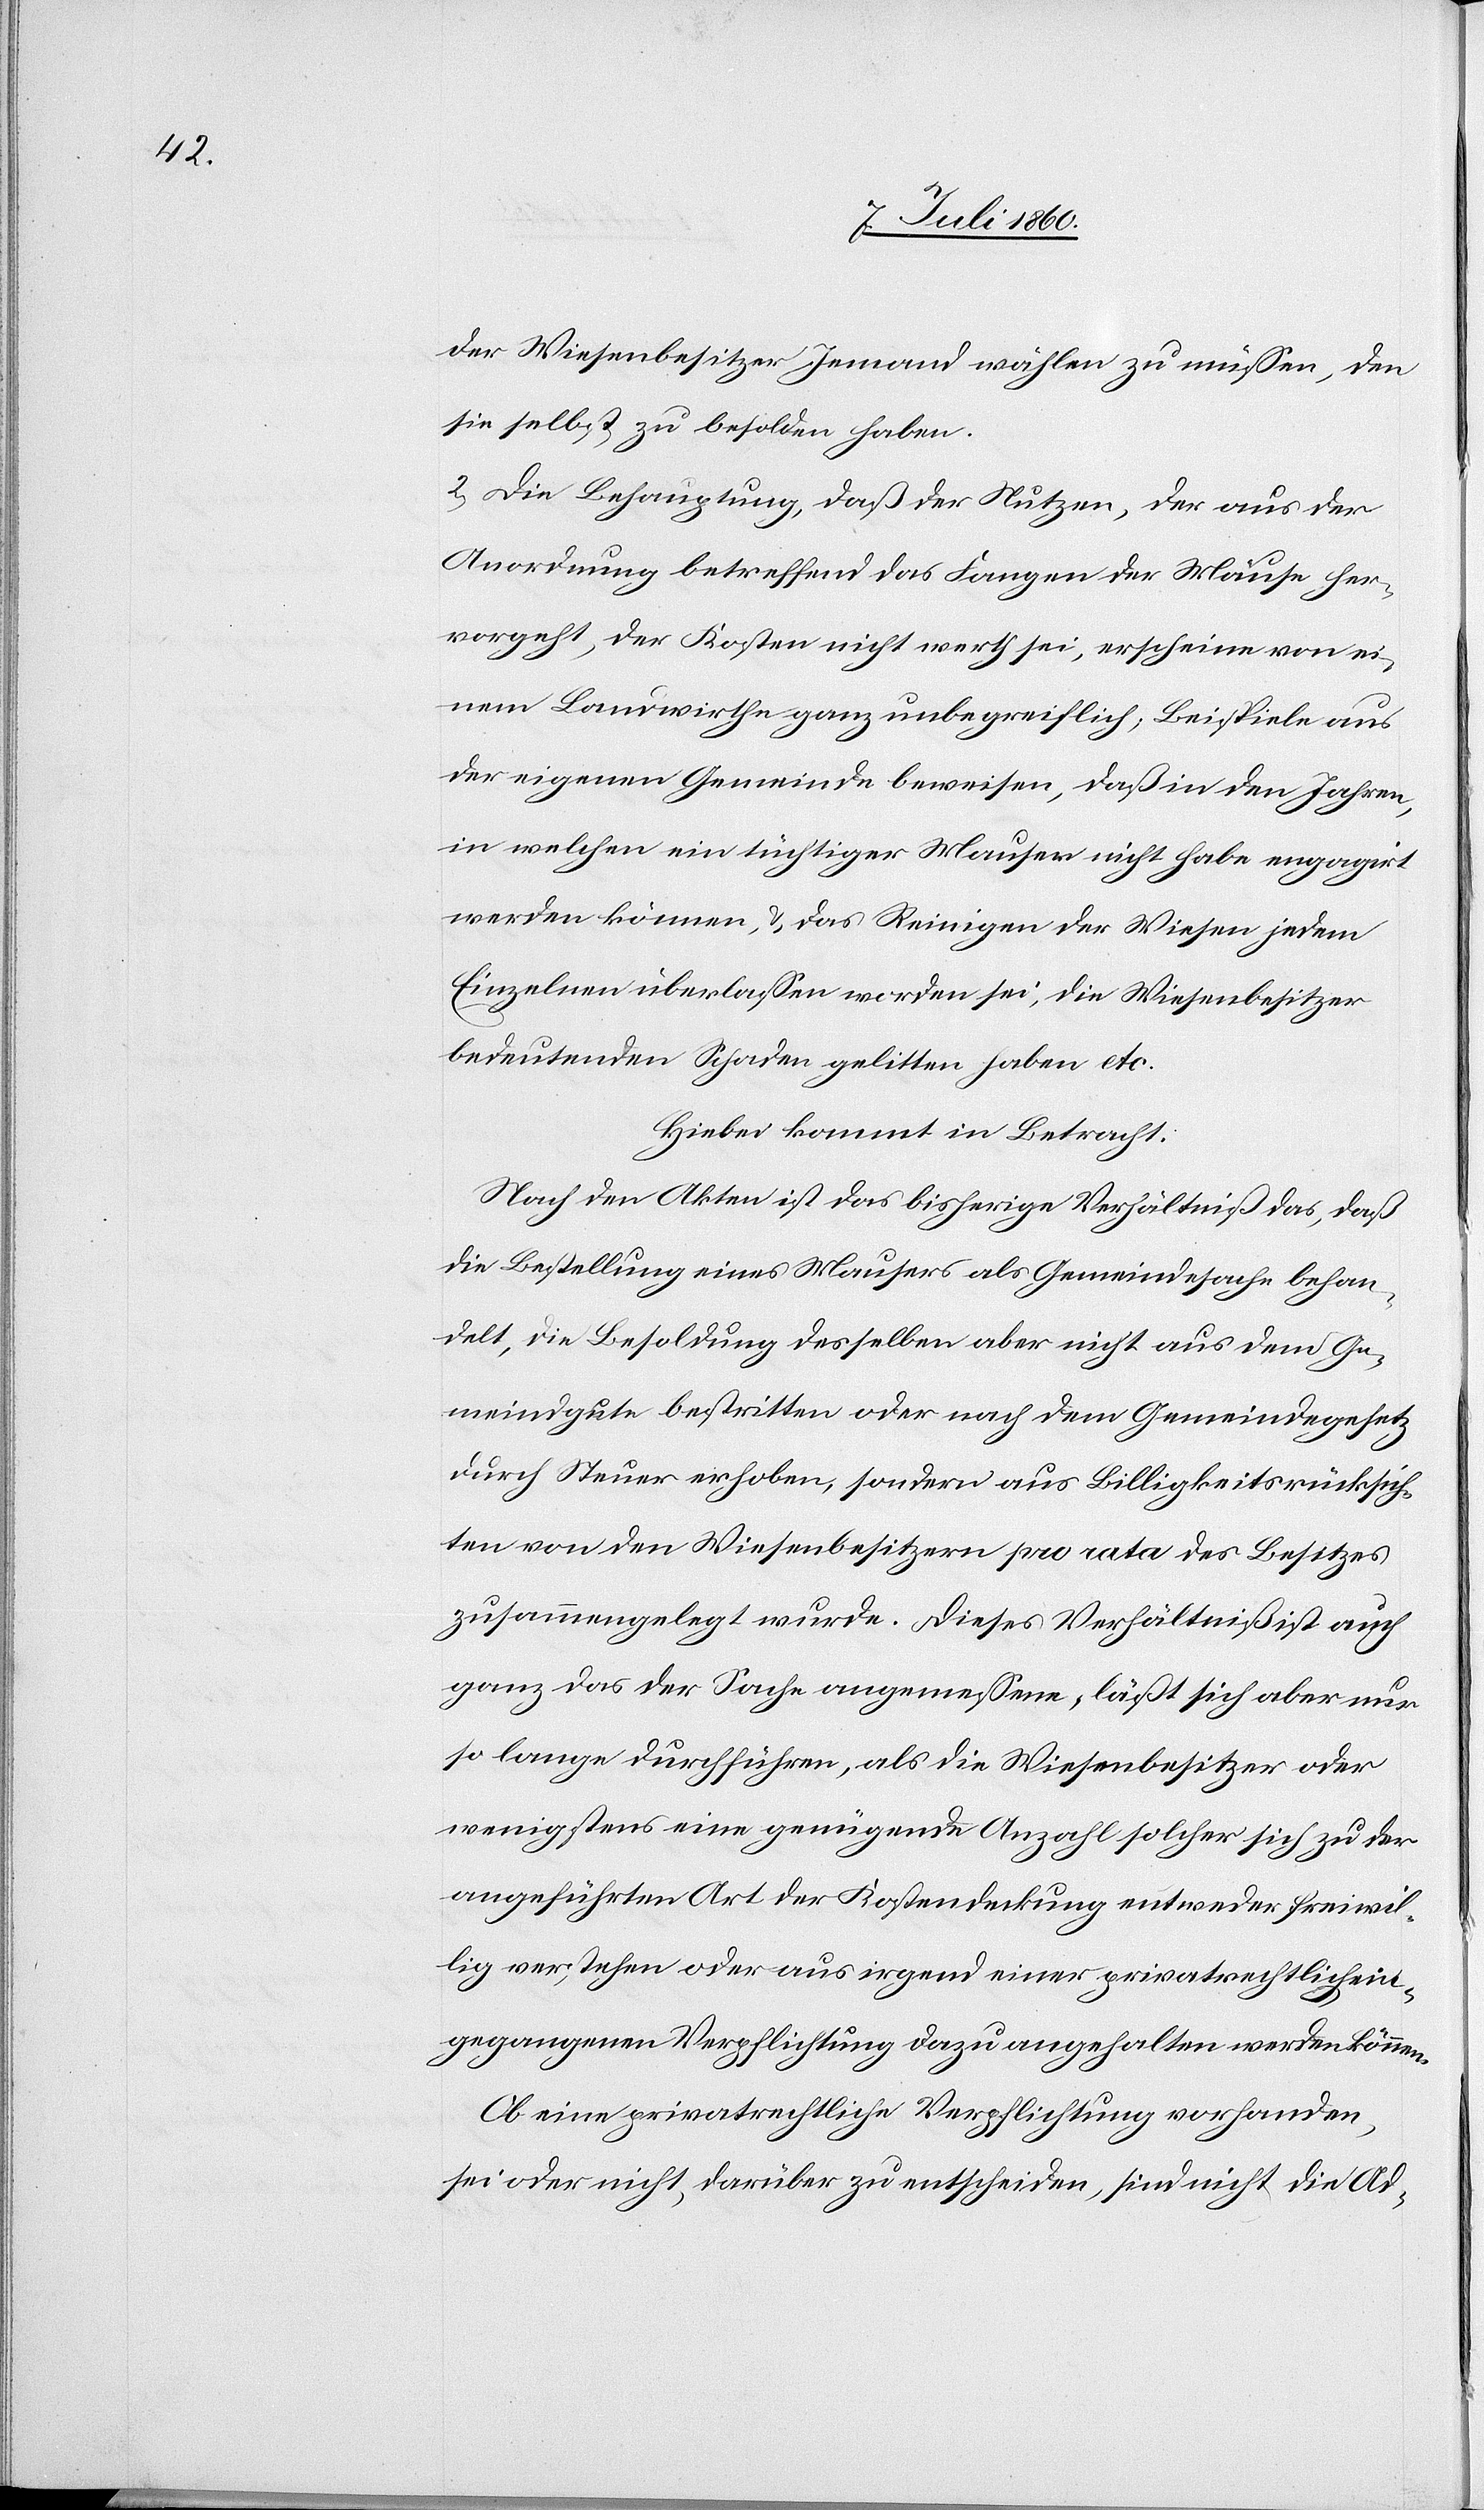
der Wiesenbesitzer Jemand wählen zu müssen, den
sie selbst zu besolden haben.
2) Die Behauptung, daß der Nutzen, der aus der
Anordnung betreffend das Fangen der Mäuse her¬
vorgeht, der Kosten nicht werth sei, erscheine von ei¬
nem Landwirthe ganz unbegreiflich; Beispiele aus
der eigenen Gemeinde beweisen, daß in den Jahren,
in welchen ein tüchtiger Mauser nicht habe engagirt
werden können, & das Reinigen der Wiesen jedem
Einzelnen überlassen worden sei, die Wiesenbesitzer
bedeutenden Schaden gelitten haben etc.
Hiebei kommt in Betracht:
Nach den Akten ist das bisherige Verhältniß das, daß
die Bestellung eines Mausers als Gemeindesache behan¬
delt, die Besoldung desselben aber nicht aus dem Ge¬
meindgute bestritten oder nach dem Gemeindegesetz
durch Steuer erhoben, sondern aus Billigkeitsrücksich¬
ten von den Wiesenbesitzern pro rata des Besitzers
zusammengelegt wurde. Dieses Verhältniß ist auch
ganz das der Sache angemessene, läßt sich aber nur
so lange durchführen, als die Wiesenbesitzer oder
wenigstens eine genügende Anzahl solcher sich zu der
angeführten Art der Kostendeckung entweder freiwil¬
lig verstehen oder aus irgend einer privatrechtlich ein¬
gegangenen Verpflichtung dazu angehalten werden können.
Ob eine privatrechtliche Verpflichtung vorhanden
sei oder nicht, darüber zu entscheiden, sind nicht die Ad-